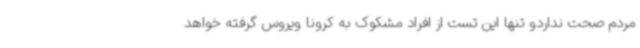
مردم صحت نداردو تنها این تست از افراد مشکوک به کرونا ویروس گرفته خواهد